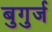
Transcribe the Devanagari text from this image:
बुगुर्ज